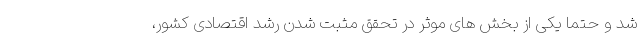
شد و حتما یکی از بخش های موثر در تحقق مثبت شدن رشد اقتصادی کشور،